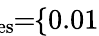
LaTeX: \! \! \! \! \! \! \overline{{\lambda}}_{\mathrm{{res}}}\! \! =\! \! \{ 0.01\} \! \! \!